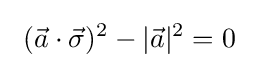
\ ({\vec {a}}\cdot {\vec {\sigma }})^{2}-|{\vec {a}}|^{2}=0\